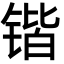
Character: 锴